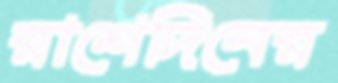
রাশেদিনের